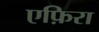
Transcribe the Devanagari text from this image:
एफ़िरा